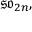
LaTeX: { \mathfrak { s o } } _ { 2 n } ,